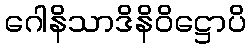
ဂေါနိသာဒိနိဝိဋ္ဌောပိ